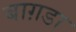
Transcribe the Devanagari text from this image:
बाग़डा